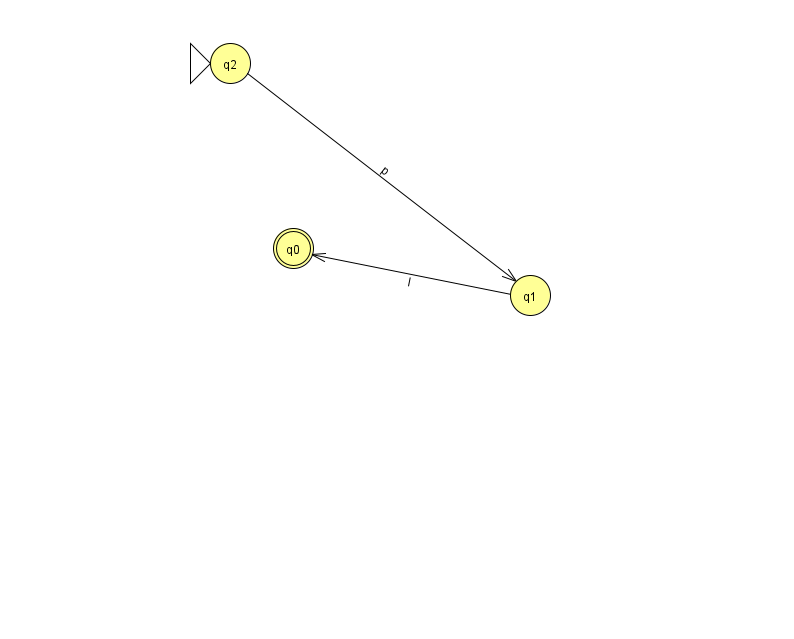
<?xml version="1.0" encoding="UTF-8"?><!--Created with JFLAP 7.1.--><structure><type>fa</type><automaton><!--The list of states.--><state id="0" name="q0"><x>293.0</x><y>235.0</y><final/></state><state id="1" name="q1"><x>530.0</x><y>282.0</y></state><state id="2" name="q2"><x>230.0</x><y>50.0</y><initial/></state><!--The list of transitions.--><transition><from>1</from><to>0</to><read>I</read></transition><transition><from>2</from><to>1</to><read>p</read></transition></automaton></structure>